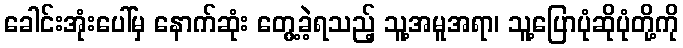
ခေါင်းအုံးပေါ်မှ နောက်ဆုံး တွေ့ခဲ့ရသည့် သူ့အမူအရာ၊ သူ့ပြောပုံဆိုပုံတို့ကို